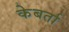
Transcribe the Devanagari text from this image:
केबर्ता